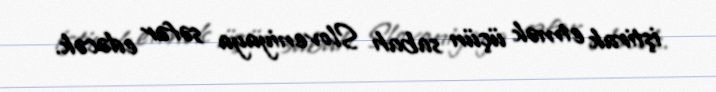
iştirak etmək üçün sabah Sloveniyaya səfər edəcək.